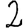
Digit: 2